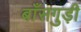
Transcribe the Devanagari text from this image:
बाँसगुड़ी